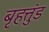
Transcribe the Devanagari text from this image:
बृहत्तुंड